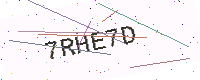
Text: 7RHE7D